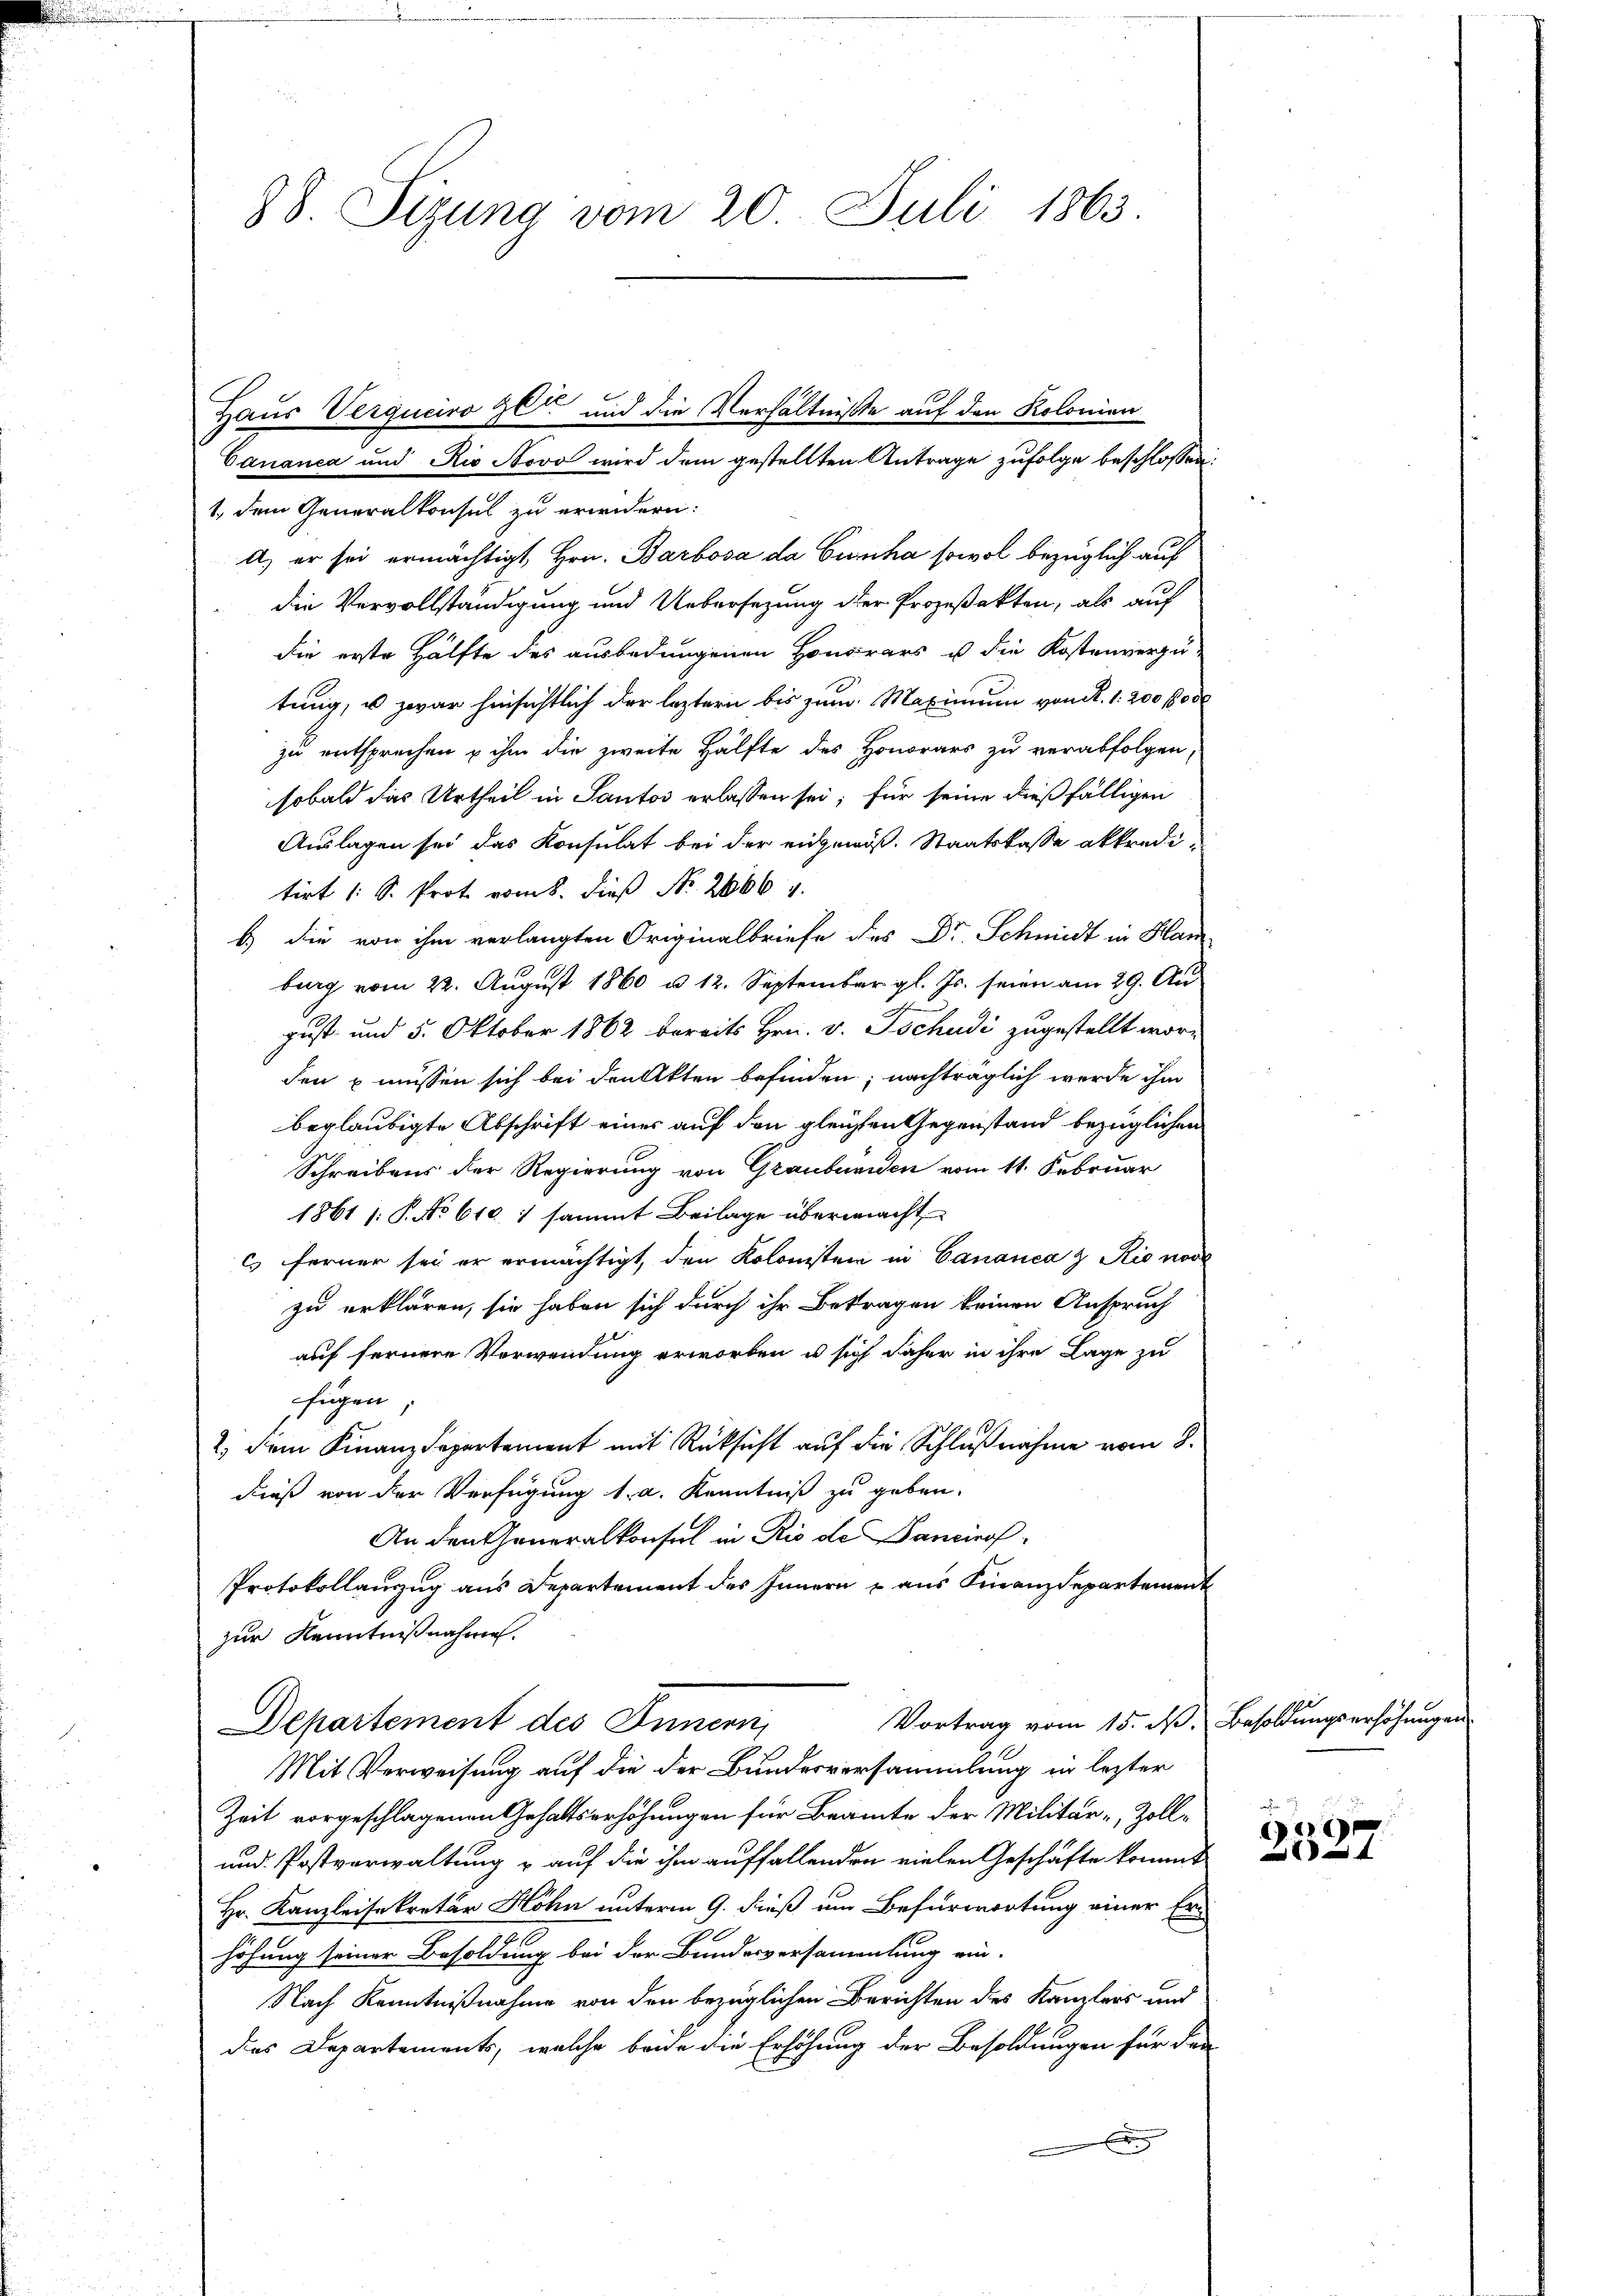
38. Sizung vom 20. Juli 1863.

Cananea und Rio Novo wird dem gestellten Antrage zufolge beschlossen:
1. dem Generalkonsul zu erwidern:
A) er sei ermächtigt Hrn. Barbosa da Cunha sowol bezüglich auf
die Vervollständigung und Uebersezung der Prozeßakten, als auf
die erste Hälfte des ausbedungenen Honorars u. die Kostenverzu-
tung, u zwar hinsichtlich der leztern bis zum Maximum von S. 1200 100
zu entsprechen u ihm die zweite Hälfte des Honorars zu verabfolgen
sobald das Urtheil in Sautos erlassen sei; für seine dießfälligen
Auslagen sei das Konsulat bei der eidgenöß. Staatskasse akkredi-
tirt (: S. Prot vom 8. dieß No. 2006 4.
b.) die von ihm verlangten Originalbriefe des Dr. Schmidt in Han
brag vom 22. August 1860 u. 12. September gl. Js. seien am 29. August und 5. Oktober 1862 bereits Hrn. v. Tschudi zugestellt worden u müssen sich bei den Akten befinden; nachträglich werde ihm
beglaubigte Abschrift eines auf den gleichen Gegenstand bezüglichen
Schreibens der Regierung von Grauburien vom 11. Februar
1861 [: P. No 610. 1 sammt Beilage übermacht
c) ferner sei er ermächtigt, den Kolonisten in Cananea z Rio vor
zu erklären, sie haben sich durch ihr Betragen keinen Anspruch
auf fernere Verwendung erworben u sich daher in ihre Lage zu
fügen;
2.) Dem Finanzdepartement mit Rücksicht auf die Schlußnahme vom 8.
dieß von der Verfügung 1. a. Kenntniß zu geben.
An den Generalkonsul in Rio de Dancirof
Protokollauszug aus Departement des Innern u aus Finanzdepartement
zur Kenntnißnahme.
Vortrag vom 15. dß. Besoldungserhöhungen
Departement des Innern,
Mit Verweisung auf die der Bundesversammlung in lezter
Zeit vorgeschlagenen Gehaltserhöhungen für Beamte der Militär-Zoll¬
und Postverwaltung u auf die ihm auffallenden vielen Geschäfte kommt
Hr. Kanzleisekretär Höhn unterm 9. dieß um Befürwortung einer Erhöhung seiner Besoldung bei der Bundesversammlung ein-
Nach Kenntnißnahme von den bezüglichen Berichten des Kanzlers und
des Departements, welche beide die Erhöhung der Besoldungen für den
.

Haus Verguciro gen und die Verhältniße auf den Kolonien

29
f